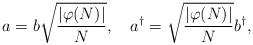
LaTeX: \begin{align*}a = b \sqrt{\frac{|\varphi (N)|}{N}}, \quad a^{\dagger} =\sqrt{\frac{|\varphi (N)|}{N}} b^{\dagger},\end{align*}